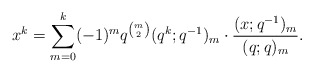
\begin{align*}x^k = \sum_{m = 0}^k (-1)^m q^{\binom{m}{2}} (q^k; q^{-1})_m \cdot \frac{(x; q^{-1})_m}{(q; q)_m}.\end{align*}